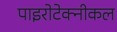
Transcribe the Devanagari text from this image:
पाइरोटेक्नीकल